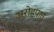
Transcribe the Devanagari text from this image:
अरोहपात